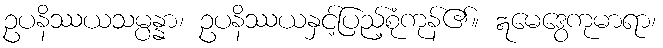
ဥပနိဿယသမ္ပန္နာ၊ ဥပနိဿယနှင့်ပြည့်စုံကုန်၏။ ဣမေဒွေကုမာရာ၊